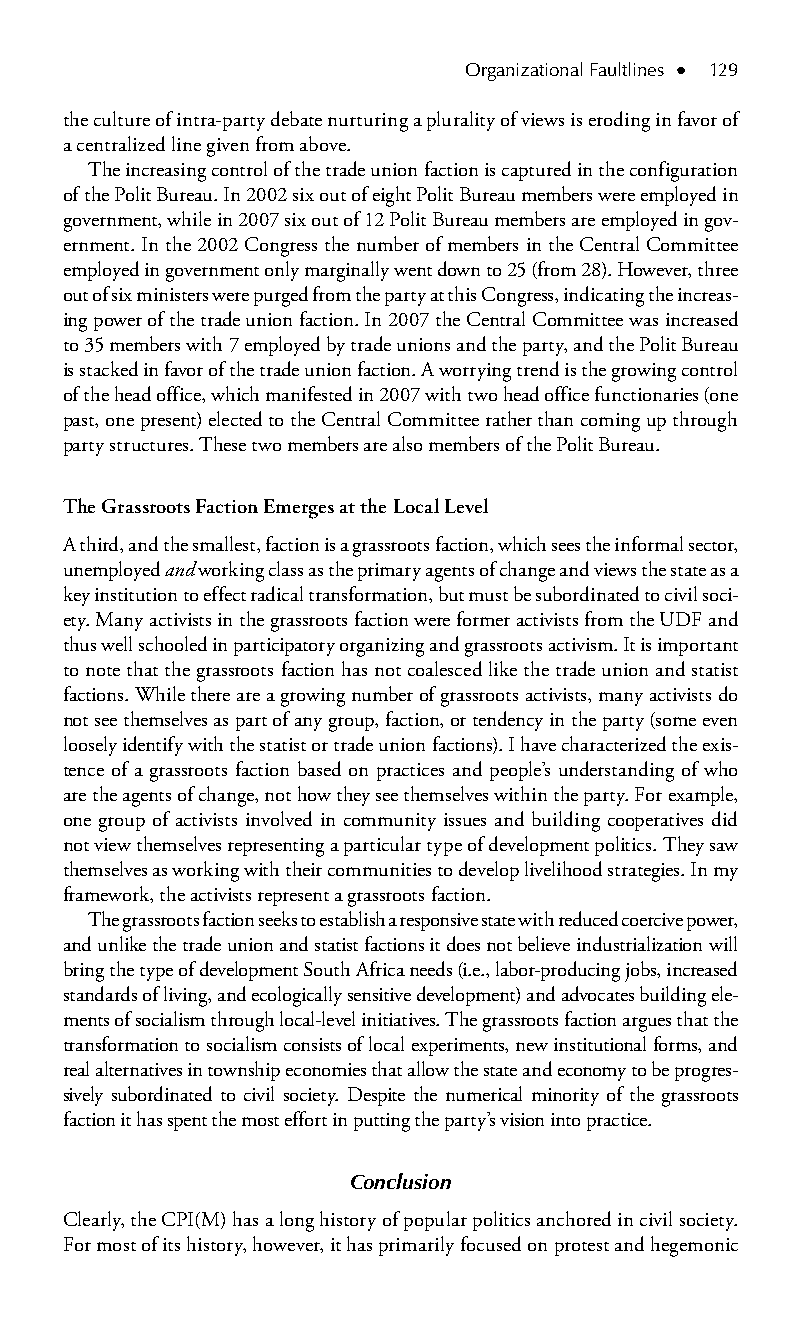
Organizational Faultlines ● 129
 the culture of intra-party debate nurturing a plurality of views is e roding in favor of
 a centralized line given from above.
 The increasing control of the trade union faction is captured in the configuration
 of the Polit Bureau. In 2002 six out of eight Polit Bureau members were employed in
 government, while in 2007 six out of 12 Polit Bureau members are employed in gov-
 ernment. In the 2002 Congress the number of members in the Central Committee
 employed in government only marginally went down to 25 (from 28). However, three
 out of six ministers were purged from the party at this Congress, indicating the increas-
 ing power of the trade union faction. In 2007 the Central Committee was increased
 to 35 members with 7 employed by trade unions and the party, and the Polit Bureau
 is stacked in favor of the trade union faction. A worrying trend is the growing control
 of the head office, which manifested in 2007 with two head office functionaries (one
 past, one present) elected to the Central Committee rather than coming up through
 party structures. These two members are also members of the Polit Bureau.
 The Grassroots Faction Emerges at the Local Level
 A third, and the smallest, faction is a grassroots faction, which sees the informal sector,
 unemployed and working class as the primary agents of change and views the state as a
 key institution to effect radical transformation, but must be subordinated to civil soci-
 ety. Many activists in the grassroots faction were former activists from the UDF and
 thus well schooled in participatory organizing and grassroots activism. It is important
 to note that the grassroots faction has not coalesced like the trade union and statist
 factions. While there are a growing number of grassroots activists, many activists do
 not see themselves as part of any group, faction, or tendency in the party (some even
 loosely identify with the statist or trade union factions). I have characterized the exis-
 tence of a grassroots faction based on practices and people’s understanding of who
 are the agents of change, not how they see themselves within the party. For example,
 one group of activists involved in community issues and building cooperatives did
 not view themselves representing a particular type of development politics. They saw
 themselves as working with their communities to develop livelihood strategies. In my
 framework, the activists represent a grassroots faction.
 The grassroots faction seeks to establish a responsive state with reduced coercive power,
 and unlike the trade union and statist factions it does not believe industrialization will
 bring the type of development South Africa needs (i.e., labor-producing jobs, increased
 standards of living, and ecologically sensitive development) and advocates building ele-
 ments of socialism through local-level initiatives. The grassroots faction argues that the
 transformation to socialism consists of local experiments, new institutional forms, and
 real alternatives in township economies that allow the state and economy to be progres-
 sively subordinated to civil society. Despite the numerical minority of the grassroots
 faction it has spent the most effort in putting the party’s vision into practice.
 Conclusion
 Clearly, the CPI(M) has a long history of popular politics anchored in civil society.
 For most of its history, however, it has primarily focused on protest and hegemonic
 99778800223300660066440011ttss0099..iinndddd 112299 33//2255//22000088 99::2200::3355 AAMM